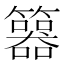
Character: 𥷇